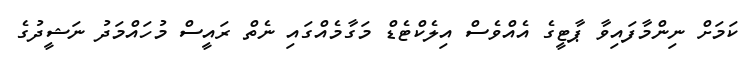
ކަމަށް ނިންމާފައިވާ ޕާޓީގެ އެއްވެސް އިލެކްޓެޑް މަގާމެއްގައި ނެތް ރައީސް މުހައްމަދު ނަޝީދުގެ